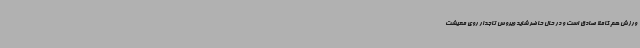
ورزش هم کاملا صادق است و در حال‌ حاضر شاید ویروس تاجدار روی معیشت